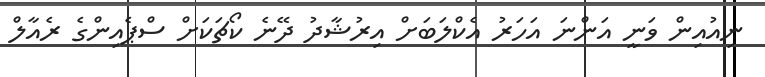
ނިއުއިން ވަނީ އަންނަ އަހަރު އެކްލަބަށް އިރުޝާދު ދޭނެ ކޯޗަކަށް ސްޕެއިންގެ ރެއާލް